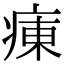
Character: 𤷆